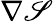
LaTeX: \nabla\mathscr{S}